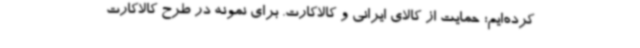
کرده‌ایم؛ حمایت از کالای ایرانی و کالاکارت. برای نمونه در طرح کالاکارت